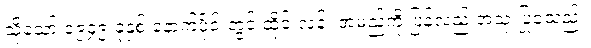
သို့သော် ၁၉၄၉ ခုနှစ် နောက်ပိုင်းတွင် ထိုင်းလန်း အမည်ကို ပြန်လည် အသုံးပြုခဲ့သည်။